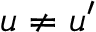
\boldsymbol { u } \neq \boldsymbol { u } ^ { \prime }